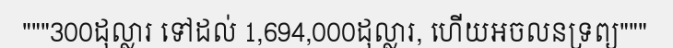
"""300ដុល្លារ ទៅដល់ 1,694,000ដុល្លារ, ហើយអចលនទ្រព្យ"""